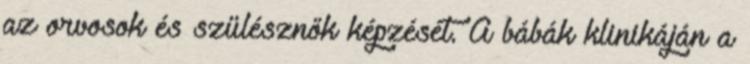
az orvosok és szülésznők képzését. A bábák klinikáján a